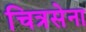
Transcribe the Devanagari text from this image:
चित्रसेना